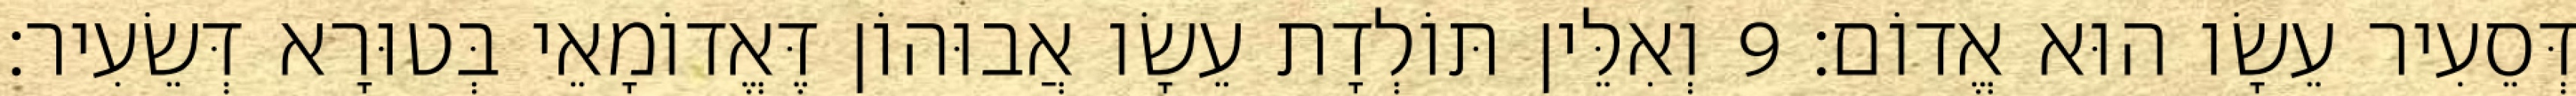
דְּסֵעִיר עֵשָׂו הוּא אֱדוֹם׃ 9 וְאִלֵּין תּוֹלְדָת עֵשָׂו אֲבוּהוֹן דֶּאֱדוֹמָאֵי בְּטוּרָא דְּשֵׂעִיר׃